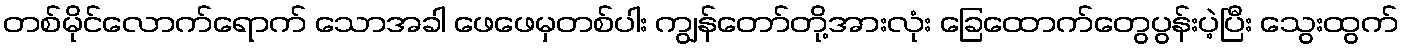
တစ်မိုင်လောက်ရောက် သောအခါ ဖေဖေမှတစ်ပါး ကျွန်တော်တို့အားလုံး ခြေထောက်တွေပွန်းပဲ့ပြီး သွေးထွက်